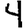
Digit: 4